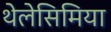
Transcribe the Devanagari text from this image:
थेलेसिमिया